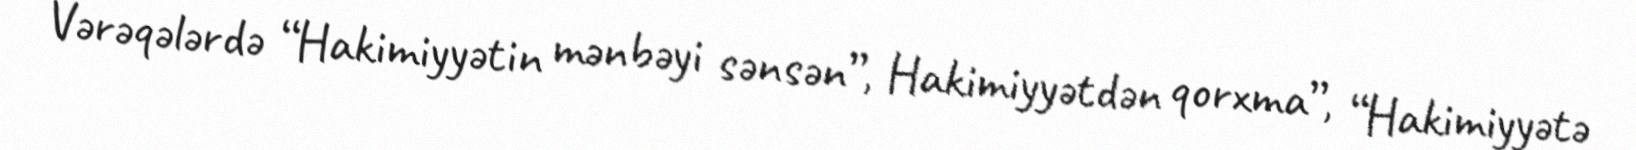
Vərəqələrdə “Hakimiyyətin mənbəyi sənsən”, Hakimiyyətdən qorxma”, “Hakimiyyətə